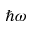
\hbar \omega